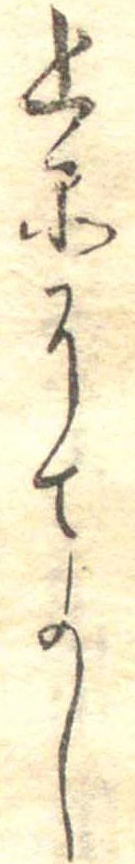
上品にてよし